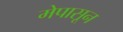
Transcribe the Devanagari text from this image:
मेपासून